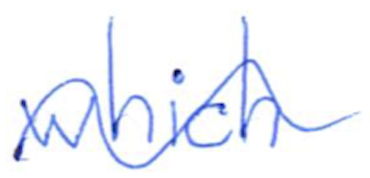
Text: which
Cross-out: wave
Writing tool: ballpoint